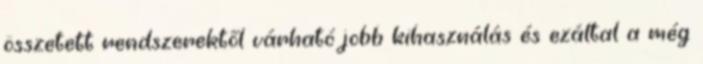
összetett rendszerektől várható jobb kihasználás és ezáltal a még